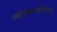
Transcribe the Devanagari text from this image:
गोलककोशिकता